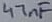
Text: 47nF